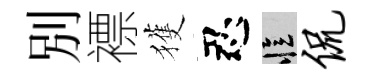
別褾獲忍忆侃